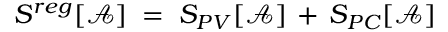
S ^ { r e g } [ { \mathcal A } ] \; = \; S _ { P V } [ { \mathcal A } ] \, + \, S _ { P C } [ { \mathcal A } ]